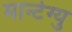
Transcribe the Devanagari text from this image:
मान्टेग्यु